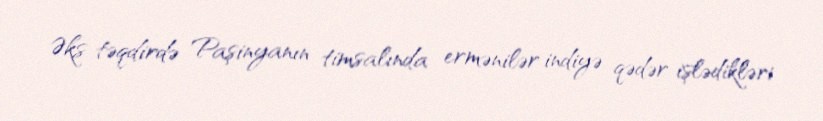
Əks təqdirdə Paşinyanın timsalında ermənilər indiyə qədər işlədikləri